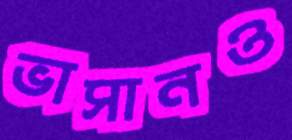
ভাসানও